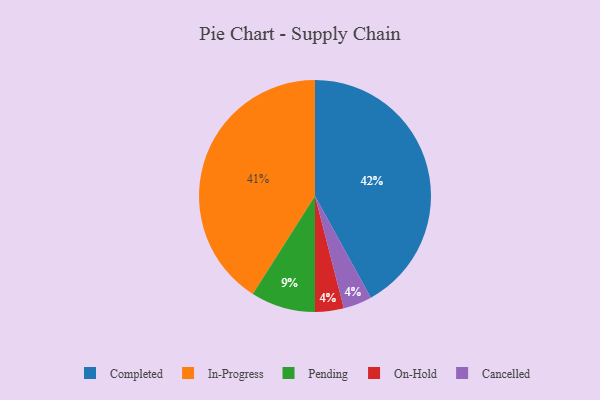
{"axis": {"x": "Category", "y": "Percentage"}, "legend": ["Cancelled", "Completed", "In-Progress", "On-Hold", "Pending"], "data": [{"x": "Completed", "y": 42, "type": "Completed"}, {"x": "On-Hold", "y": 4, "type": "On-Hold"}, {"x": "Pending", "y": 9, "type": "Pending"}, {"x": "Cancelled", "y": 4, "type": "Cancelled"}, {"x": "In-Progress", "y": 41, "type": "In-Progress"}]}